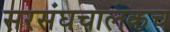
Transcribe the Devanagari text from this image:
सरसंघचालकच